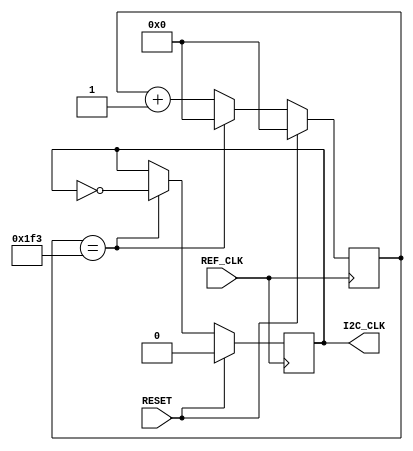
module CLK_DIVIDER(
    input RESET,
    input REF_CLK,
    output I2C_CLK);
    
    parameter DELAY = 1000;
    
    reg [9:0] cnt;
    reg i2c_clk;
    
    always @(posedge REF_CLK) begin
        if (RESET) begin
            i2c_clk = 1'b0;
            cnt = 10'b0;
        end
        else begin
            if (cnt == ((DELAY/2)-1)) begin
                i2c_clk = ~i2c_clk;
                cnt = 10'b0;
            end
            else
                cnt = cnt + 1'b1;
        end
    end
    
    assign I2C_CLK = i2c_clk;

endmodule